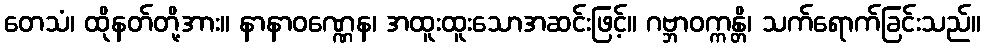
တေသံ၊ ထိုနတ်တို့အား။ နာနာဝဏ္ဏေန၊ အထူးထူးသောအဆင်းဖြင့်။ ဂဗ္ဘာဝက္ကန္တိ၊ သက်ရောက်ခြင်းသည်။